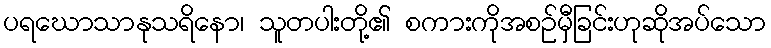
ပရဃောသာနုသရိနော၊ သူတပါးတို့၏ စကားကိုအစဉ်မှီခြင်းဟုဆိုအပ်သော